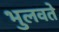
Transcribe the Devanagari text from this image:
भुलवते